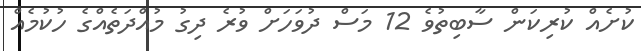
ކުށެއް ކުރިކަން ސާބިތުވެ 12 މަސް ދުވަހަށް ވުރެ ދިގު މުއްދަތެއްގެ ހުކުމެއް